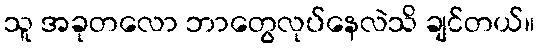
သူ အခုတလော ဘာတွေလုပ်နေလဲသိ ချင်တယ်။